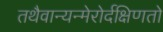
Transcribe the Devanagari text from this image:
तथैवान्यन्मेरोर्दक्षिणतो